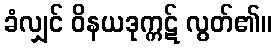
ခံလျှင် ဝိနယဒုက္ကဋ် လွတ်၏။